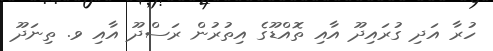
ހުރާ އަދި ގުރައިދޫ އާއި ތޮއްޑޫގެ އިތުރުން ރަސްދޫ އާއި ވ. ތިނަދޫ